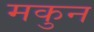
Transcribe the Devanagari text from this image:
मकुन